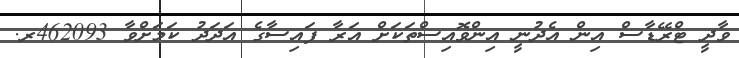
ވާދީ ޓްރޭޑާސް އިން އެދުނީ އިންވޮއިސްތަކަށް އަރާ ފައިސާގެ އަދަދު ކަމަށްވާ 462093ރ.